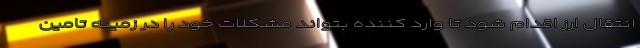
انتقال ارز اقدام شود تا وارد کننده بتواند مشکلات خود را در زمینه تامین